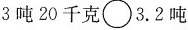
3吨 20 千克\circ 3.2吨